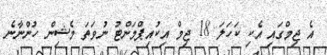
އެ ޖިމްގައި އެކި ކަހަލަ 18 ޖިމް އިކުއިޕްމަންޓު ނުވަތަ މެޝިން ހުންނާނެ